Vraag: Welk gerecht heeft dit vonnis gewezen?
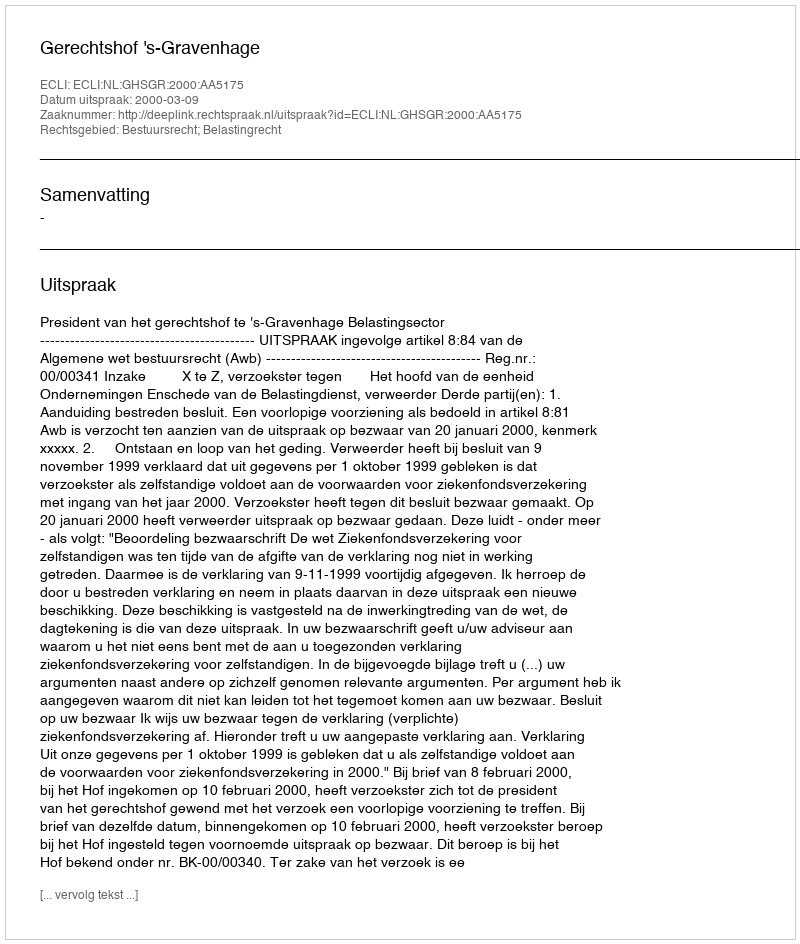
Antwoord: Gerechtshof 's-Gravenhage